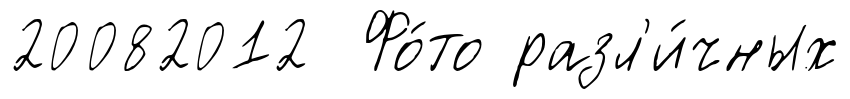
20082012 Фо́то разл'и́чных